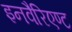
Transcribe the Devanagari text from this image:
इनवैरिएण्ट